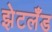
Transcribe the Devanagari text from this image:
झेटलँड